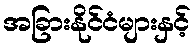
အခြားနိုင်ငံများနှင့်